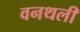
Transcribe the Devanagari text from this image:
वनथली